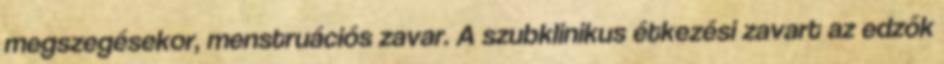
megszegésekor, menstruációs zavar. A szubklinikus étkezési zavart az edzők